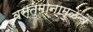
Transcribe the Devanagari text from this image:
वस्तुमानामुळेच